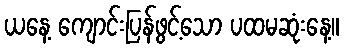
ယနေ့ ကျောင်းပြန်ဖွင့်သော ပထမဆုံးနေ့။